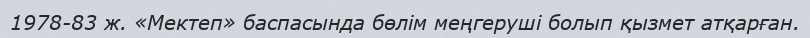
1978-83 ж. «Мектеп» баспасында бөлім меңгеруші болып қызмет атқарған.